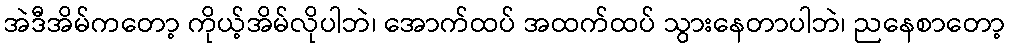
အဲဒီအိမ်ကတော့ ကိုယ့်အိမ်လိုပါဘဲ၊ အောက်ထပ် အထက်ထပ် သွားနေတာပါဘဲ၊ ညနေစာတော့